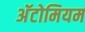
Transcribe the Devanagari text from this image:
अॅटोमियम